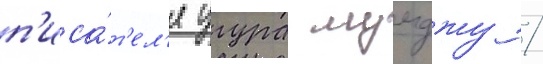
п'иса́т'ел'я угура мумджу /